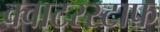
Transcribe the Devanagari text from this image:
क्वाटरस्टाफ